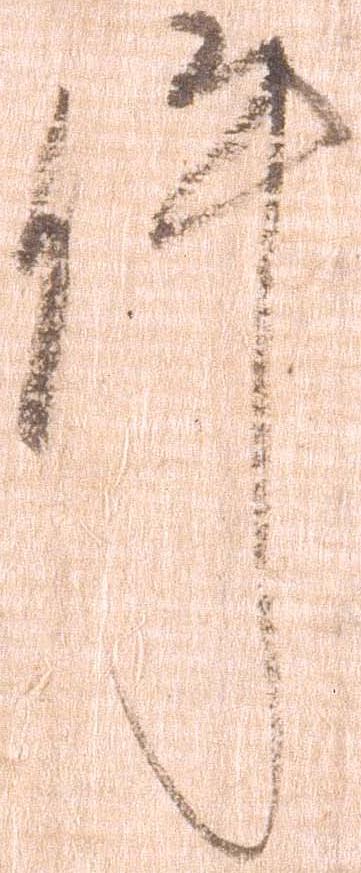
件